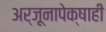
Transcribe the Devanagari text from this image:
अर्जूनापेक्षाही